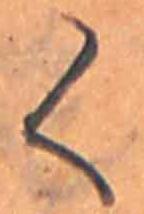
く